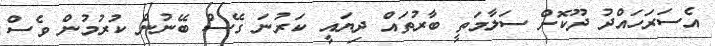
އެސަރަހައްދު ދޫކޮށް ސަލާމަތީ ބާރުތައް ދިޔައީ ކަރުނަ ގޭސް ބޭނުން ކުރުމުން ވެސް